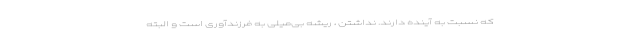
که نسبت به آینده دارند. نداشتن ، ریشه بی‌میلی به فرزندآوری است و البته